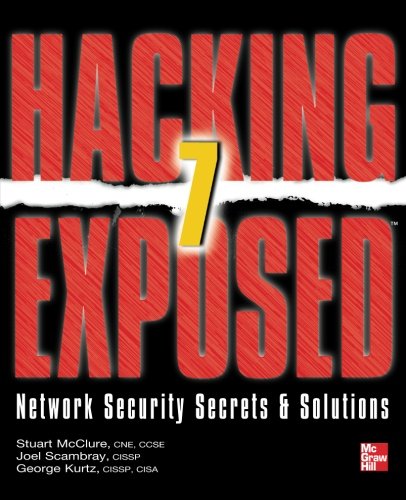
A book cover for Hacking Exposed 7: Network Security Secrets and Solutions; Stuart McClure; Computers & Technology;